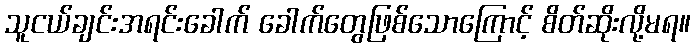
သူငယ်ချင်းအရင်းခေါက် ခေါက်တွေဖြစ်သောကြောင့် စိတ်ဆိုးလို့မရ။